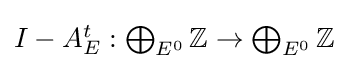
{\textstyle I-A_{E}^{t}:\bigoplus _{E^{0}}\mathbb {Z} \to \bigoplus _{E^{0}}\mathbb {Z} }